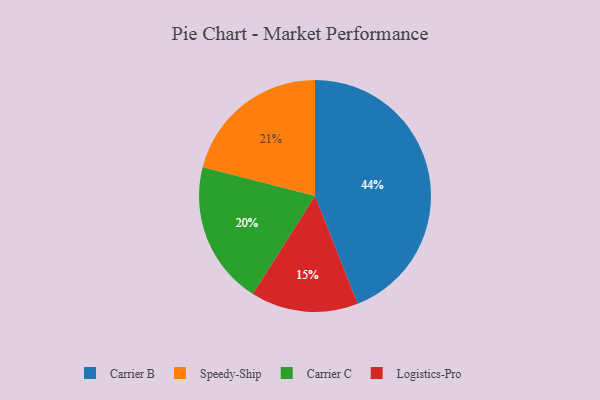
{"axis": {"x": "Category", "y": "Percentage"}, "legend": ["Carrier B", "Carrier C", "Logistics-Pro", "Speedy-Ship"], "data": [{"x": "Speedy-Ship", "y": 21, "type": "Speedy-Ship"}, {"x": "Carrier B", "y": 44, "type": "Carrier B"}, {"x": "Carrier C", "y": 20, "type": "Carrier C"}, {"x": "Logistics-Pro", "y": 15, "type": "Logistics-Pro"}]}